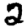
Digit: 2